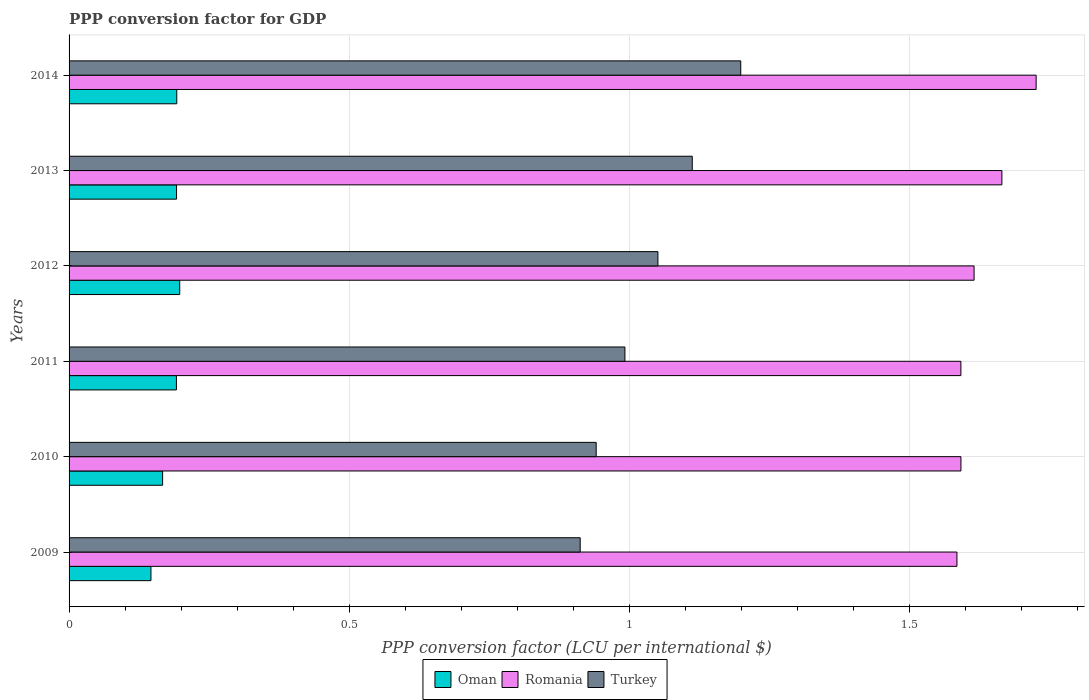
| Years | Oman | Romania | Turkey |
 | --- | --- | --- | --- |
 | 2009 | 0.146 | 1.58 | 0.912 |
 | 2010 | 0.167 | 1.59 | 0.941 |
 | 2011 | 0.192 | 1.59 | 0.992 |
 | 2012 | 0.197 | 1.61 | 1.05 |
 | 2013 | 0.192 | 1.66 | 1.11 |
 | 2014 | 0.192 | 1.73 | 1.2 |